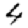
Digit: 4